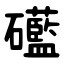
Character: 礷